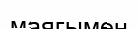
маягымен